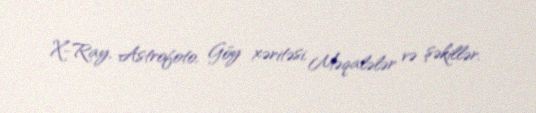
X-Ray, Astrofoto, Göy xəritəsi, Məqalələr və şəkillər.